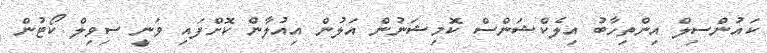
ކައުންސިލް އިންތިހާބު އިލެކްޝަންސް ކޮމިޝަނުން އަލުން އިއުލާން ކޮށްފައި ވަނީ ސިވިލް ކޯޓުން